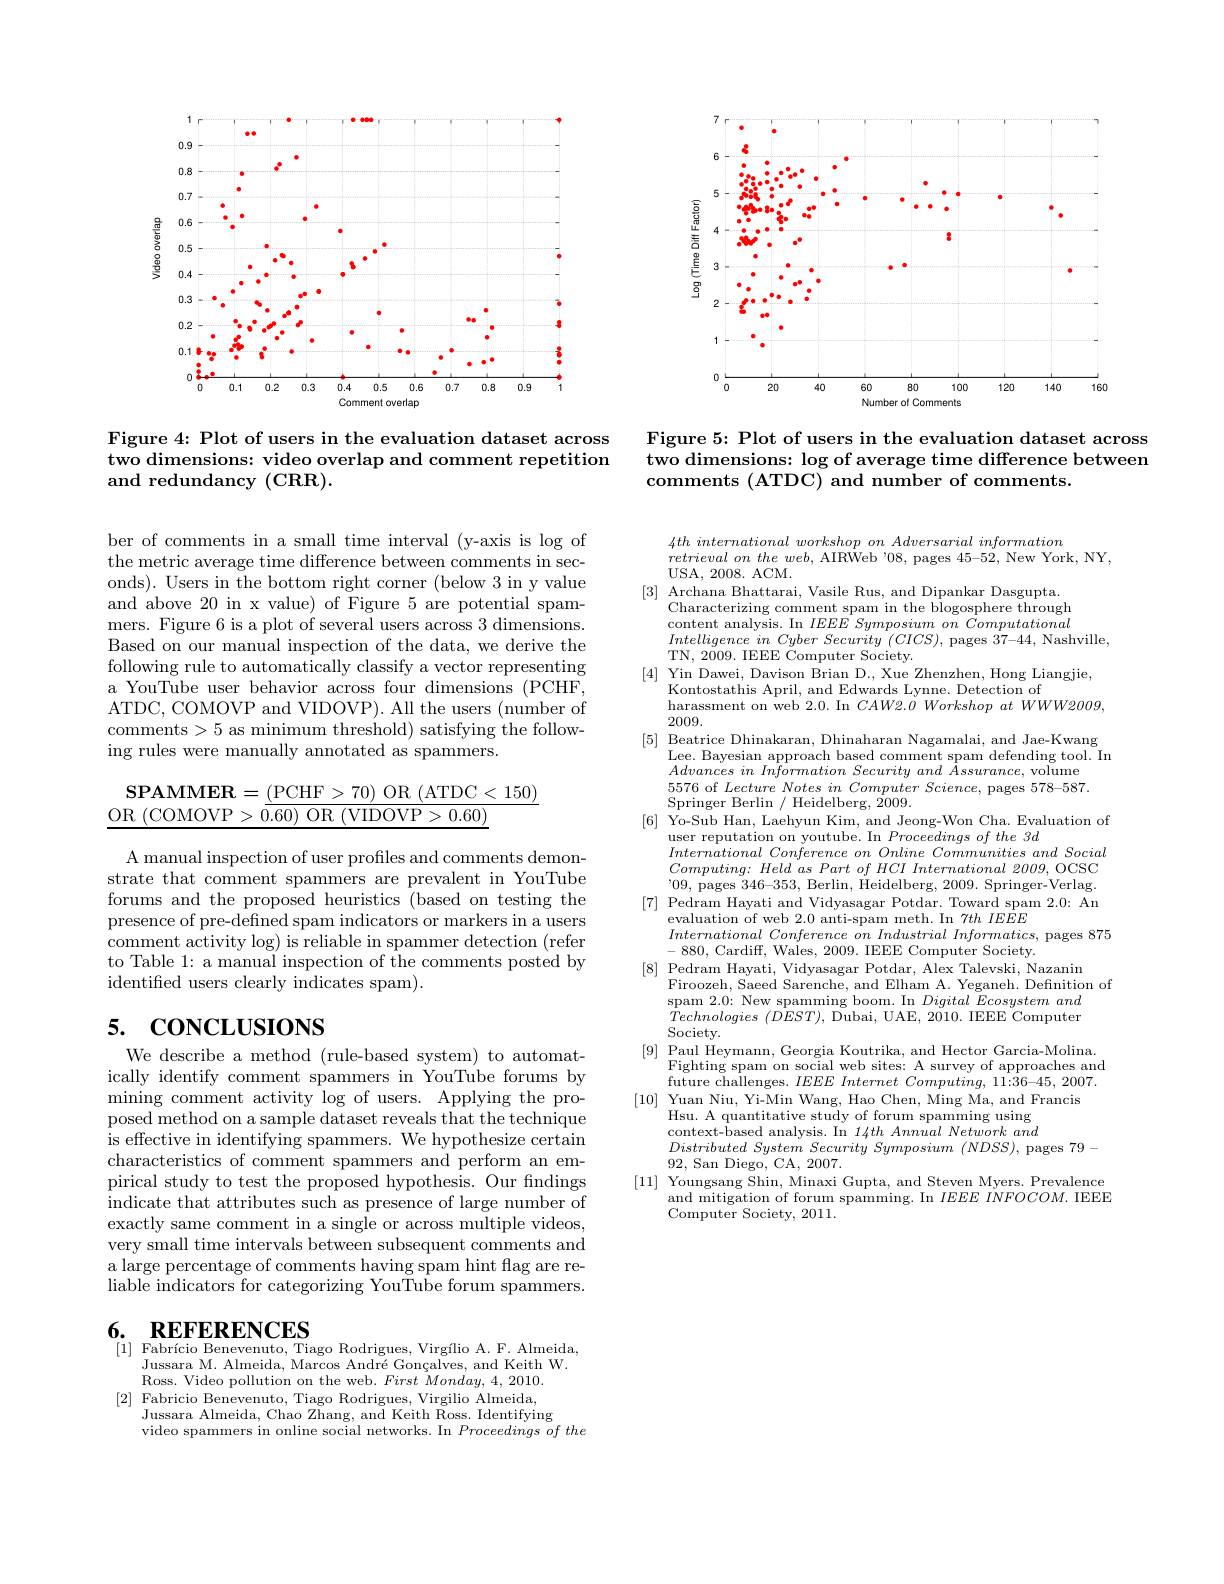
<FigureHere>

Figure 4: Plot of users in the evaluation dataset across two dimensions: video overla and redundancy (CRR).

ber of comments in a small time interval (y-axis is log of the metric average time difference between comments in seconds). Users in the bottom r and above 20 in x value) of Figure 5 are potential spammers. Figure 6 is a plot of Based on our manual inspection of the data, we derive the following rule to automatica a YouTube user behavior across four dimensions (PCHF, ATDC, COMOVP and VIDOVP). Al comments>5 as minimum thre ing rules were manually annotated as spammers.
$$\begin{array}{rl}\mathrm{SPAMMER}=\frac{(\mathrm{PCHF}>70)\:\mathrm{OR}\:(\mathrm{ATDC}<150)}{\mathrm{OR}\:(\mathrm{COMOVP}>0.60)\:\mathrm{OR}\:(\mathrm{VIDOVP}>0.60)}\\\hline\end{array}$$
A manual inspection of user strate that comment spammers are prevalent in YouTube forums and the proposed heur presence of pre-defined spam indicators or markers in a users comment activity log) is rel to Table 1: a manual inspection of the comments posted by identified users clearly ind

## 5. $\mathbf{CONCLUSIONS}$

We describe a method (rule-b ically identify comment spammers in YouTube forums by mining comment activity log of users. Applying the proposed method on a sample dat is effective in identifying characteristics of comment spammers and perform an empirical study to test the pr indicate that attributes such as presence of large number of exactly same comment in a si very small time intervals between subsequent comments and a large percentage of comments having spam hint flag are reliable indicators for categorizing YouTube forum spammers.

## 6. REFERENCES [1] Fabrício Benevenuto, Tiago Rodrigues, Virgílio A. F. Almeida,

Jussara M. Almeida, Marcos André Gonçalves, and Keith W.
Ross. Video pollution on the web. First Monday, 4, 2010. [2] Fabricio Benevenuto, Tiago Rodrigues, Virgilio Almeida,
Jussara Almeida, Chao Zhang, and Keith Ross. Identifying
video spammers in online social networks. In Proceedingsofthe

<FigureHere>

Figure 5: Plot of users in the evaluation dataset across two dimensions: $\log$ of average time difference between comments (ATDC) and number of comments.

$4th\textit{ international workshop on Adversarial information}$
$retrievalontheweb$, AIRWeb '08, pages 45-52, New York, NY,
USA, 2008. ACM.
[3] Archana Bhattarai, Vasile Rus, and Dipankar Dasgupta.
Characterizing comment spam in the blogosphere through content analysis. In $IEEESymposiumon\textit{Computational}$ Intelligence $in$ Cyber Security $( CICS) $, pages $\dot{37}-44$, Nashville,
TN, 2009. IEEE Computer Society.
[4] Yin Dawei, Davison Brian D., Xue Zhenzhen, Hong Liangjie,
Kontostathis April, and Edwards Lynne. Detection of
harassment on web 2.0. In $CAW2.OWorkshopatWWW2009$,
2009
[5] Beatrice Dhinakaran, Dhinaharan Nagamalai, and Jae-Kwang
$\begin{array}{c}\text{Lee. Bayesian approach based comment spam defending tool. In}\\\\A_{1}\end{array}$
$Advances~in~Information~Security~and~Assurance,~$volume л и о и л и с с я и л и п и л и л о п о с
[6] Yo-Sub Han, Laehyun Kim, and Jeong-Won Cha. Evaluation of
user reputation on youtu $Computing:HeldasPartofHCIInternational2009$,OCSC 09, pages 346-353, Berli
[7] Pedram Hayati and Vidyasagar Potdar. Toward spam 2.0: An
evaluation of web 2.0 anti
$International\textit{ Conference on Industrial Informatics, pages 875}$
-880, Cardiff, Wales, 200
[8] Pedram Hayati, Vidyasagar Potdar, Alex Talevski, Nazanin
Firoozeh, Saeed Sarenche, an
spam 2.0: New spamming boo $Technologies~(DEST),~$Dubai, UAE, 2010. IEEE Computer Society.
[9] Paul Heymann, Georgia Koutrika, and Hector
Fighting spam on social web future challenges. $IEEE\textit{ Internet Computing, 11: 36- 45, 2007. }$
[10] Yuan Niu, Yi-Min Wang
Hsu. A quantitative study of forum spamming using context-based analysis. In 14th Annual Network and Distributed System Security Symposium $( NDSS) $, pages 79
92, San Diego, CA, 2007.
[11] Youngsang Shin, Minaxi Gupta, and Steven Myers. Prevalence
and mitigation of forum spam
$\bar{\text{Computer Society, 2011}}.$